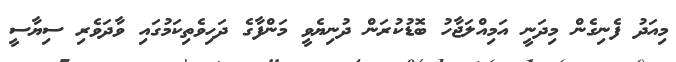
މިއަދު ފެނިގެން މިދަނީ އަމިއްލަޖާހު ބޮޑުކުރަން ދުނިޔެވީ މަންފާގެ ދަހިވެތިކަމުގައި ވާދަވެރި ސިޔާސީ